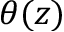
\theta ( z )